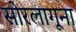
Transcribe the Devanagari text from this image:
सोरलागूना